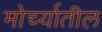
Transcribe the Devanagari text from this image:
मोर्च्यातील